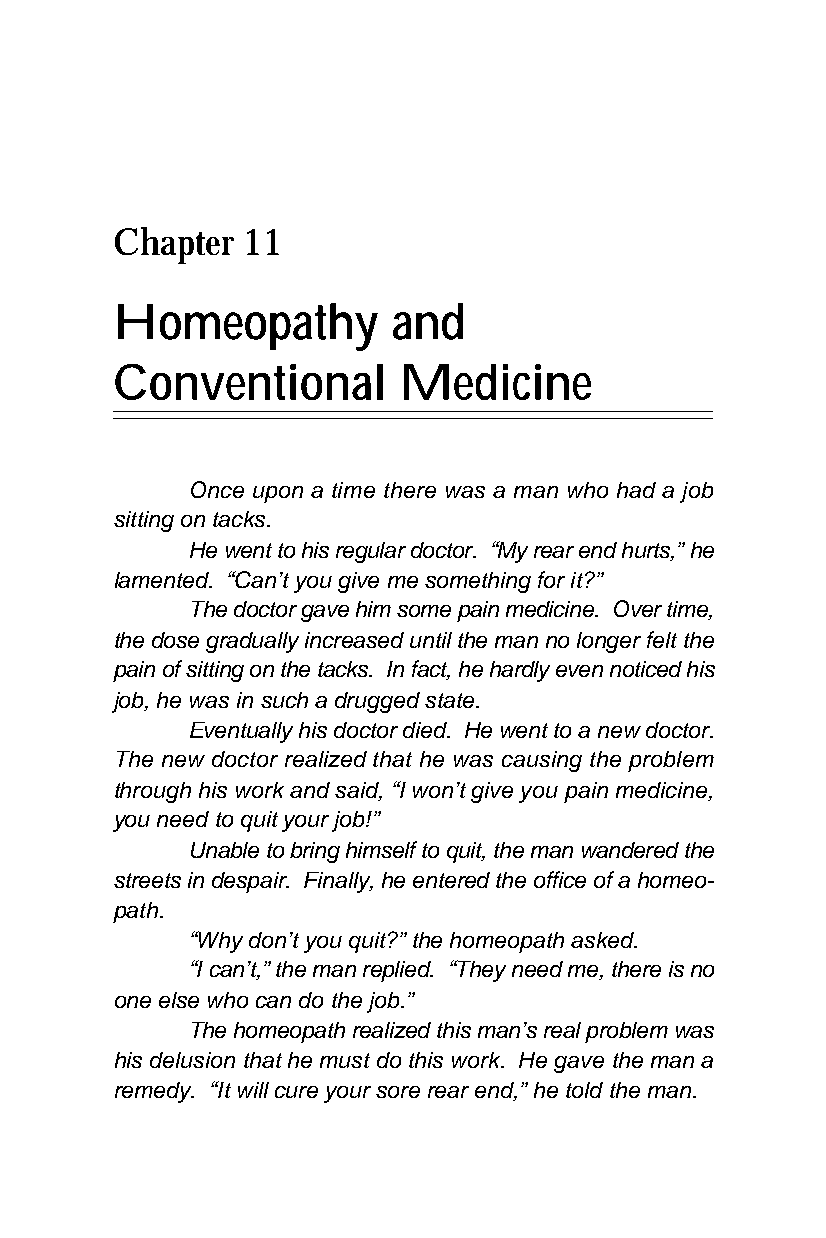
Chapter  11
 Homeopathy         and
 Conventional       Medicine
 Once upon a time there was a man who had a job
 sitting on tacks.
 He went to his regular doctor. “My rear end hurts,” he
 lamented. “Can’t you give me something for it?”
 The doctor gave him some pain medicine. Over time,
 the dose gradually increased until the man no longer felt the
 pain of sitting on the tacks. In fact, he hardly even noticed his
 job, he was in such a drugged state.
 Eventually his doctor died. He went to a new doctor.
 The new doctor realized that he was causing the problem
 through his work and said, “I won’t give you pain medicine,
 you need to quit your job!”
 Unable to bring himself to quit, the man wandered the
 streets in despair. Finally, he entered the office of a homeo-
 path.
 “Why don’t you quit?” the homeopath asked.
 “I can’t,” the man replied. “They need me, there is no
 one else who can do the job.”
 The homeopath realized this man’s real problem was
 his delusion that he must do this work. He gave the man a
 remedy. “It will cure your sore rear end,” he told the man.